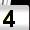
Digit: 4